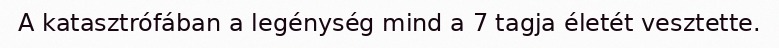
A katasztrófában a legénység mind a 7 tagja életét vesztette.